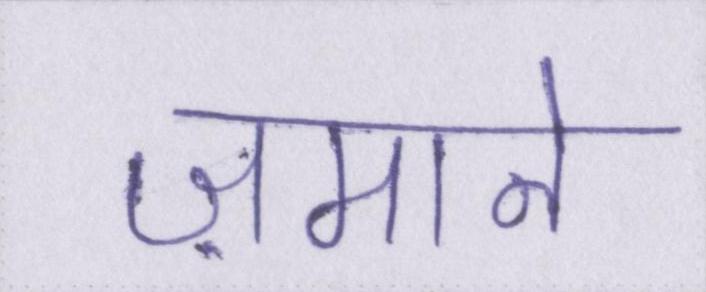
ज़माने